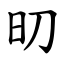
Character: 旫